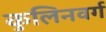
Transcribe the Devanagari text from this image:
कुलिनवर्ग